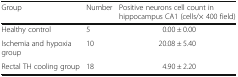
<table><thead><tr><td><b>Group</b></td><td><b>Number</b></td><td><b>Positive neurons cell count in hippocampus CA1 (cells/× 400 field)</b></td></tr></thead><tbody><tr><td>Healthy control</td><td>5</td><td>0.00 ± 0.00</td></tr><tr><td>Ischemia and hypoxia group</td><td>10</td><td>20.08 ± 5.40</td></tr><tr><td>Rectal TH cooling group</td><td>18</td><td>4.90 ± 2.20</td></tr></tbody></table>